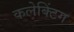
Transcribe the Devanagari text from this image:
कलेक्टिंग